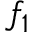
f _ { 1 }